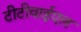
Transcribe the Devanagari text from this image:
टीटीवाईएल